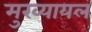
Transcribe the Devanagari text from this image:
मुख्‍यायल